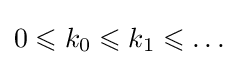
0\leqslant k_{0}\leqslant k_{1}\leqslant \dots